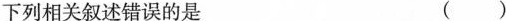
下列相关叙述错误的是 ( )